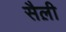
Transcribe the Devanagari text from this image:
सैल़ी